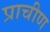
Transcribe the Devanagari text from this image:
प्राचीण